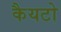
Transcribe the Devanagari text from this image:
कैयटो